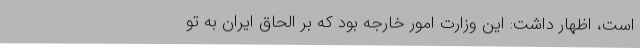
است، اظهار داشت: این وزارت امور خارجه بود که بر الحاق ایران به تو